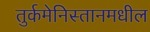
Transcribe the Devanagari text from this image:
तुर्कमेनिस्तानमधील